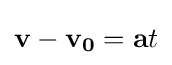
\mathbf {v-v_{0}} =\mathbf {a} t